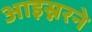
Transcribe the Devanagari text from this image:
आइस्नरने